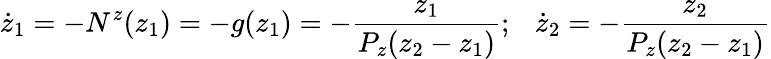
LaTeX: \dot{z}_{1}=-N^{z}(z_{1})=-g(z_{1})=-\frac{z_{1}}{P_{z}(z_{2}-z_{1})};~~~\dot{z}_{2}=-\frac{z_{2}}{P_{z}(z_{2}-z_{1})}